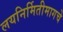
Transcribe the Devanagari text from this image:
लयनिर्मितीमागचे